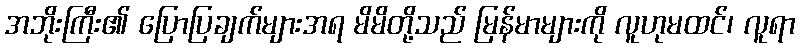
အဘိုးကြီး၏ ပြောပြချက်များအရ မိမိတို့သည် မြန်မာများကို လူဟုမထင်၊ လူရာ